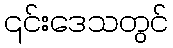
၎င်းဒေသတွင်